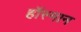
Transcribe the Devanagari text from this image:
हॉस्मान